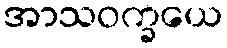
အာသဝက္ခယေ